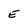
Character: E